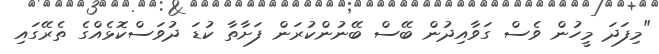
"މިފަދަ މީހުން ވެސް ގަވާއިދުން ބޭސް ބޭނުންކުރަން ފަށާތާ ކުޑަ ދުވަސްކޮޅެއްގެ ތެރޭގައި